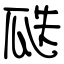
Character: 瓞